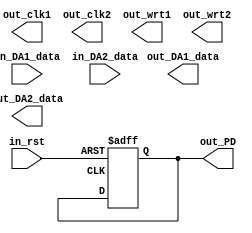
module Drive_DAC2900
(   
    input in_rst,
    input wire [9:0]in_DA1_data,
    input wire [9:0]in_DA2_data,
    
	output reg out_clk1,
    output reg out_clk2, 
    output reg out_wrt1,
    output reg out_wrt2, 
    output wire [9:0]out_DA1_data,
    output wire [9:0]out_DA2_data,
    output reg out_PD
);

always @(posedge in_clk1 or negedge in_rst)
begin

    if(in_rst == 0)
    begin
        out_PD <= 0;
    end
    
    
	if(in_clk1)
	begin
    
	end
	
end
	
	
	
	
	
	
endmodule